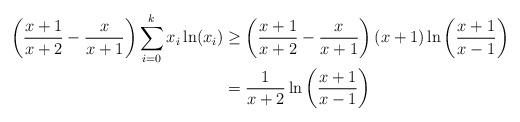
LaTeX: \begin{align*}\left(\frac{x+1}{x+2}-\frac{x}{x+1}\right)\sum_{i=0}^k x_i\ln(x_i) &\geq \left(\frac{x+1}{x+2}-\frac{x}{x+1}\right) (x+1)\ln\left(\frac{x+1}{x-1}\right) \\&= \frac{1}{x+2} \ln\left(\frac{x+1}{x-1}\right)\end{align*}